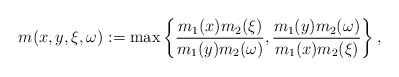
\begin{align*} m(x,y,\xi,\omega) := \max \left\{\frac{m_1(x)m_2(\xi)}{m_1(y)m_2(\omega)},\frac{m_1(y)m_2(\omega)}{m_1(x)m_2(\xi)}\right\}, \end{align*}